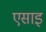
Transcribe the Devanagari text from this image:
एसाइ